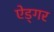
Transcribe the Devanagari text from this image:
ऐड्गर